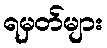
ရမှတ်များ